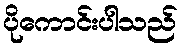
ပိုကောင်းပါသည်